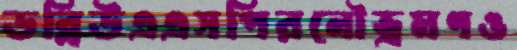
ডব্লিউএএসপিরনৌভ্রমণও